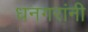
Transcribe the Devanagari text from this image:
धनगरांनी